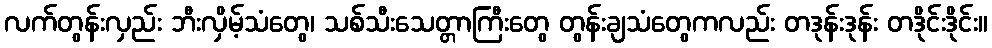
လက်တွန်းလှည်း ဘီးလှိမ့်သံတွေ၊ သစ်သီးသေတ္တာကြီးတွေ တွန်းချသံတွေကလည်း တဒုန်းဒုန်း တဒိုင်းဒိုင်း။